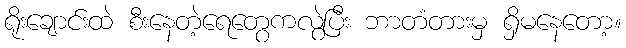
ရိုးချောင်းထဲ စီးနေတဲ့ရေတွေကလွဲပြီး ဘာတံတားမှ ရှိမနေတော့။